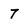
Character: 7